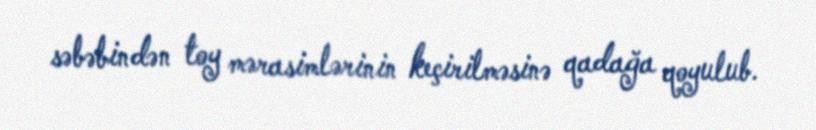
səbəbindən toy mərasimlərinin keçirilməsinə qadağa qoyulub.